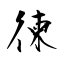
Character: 徚